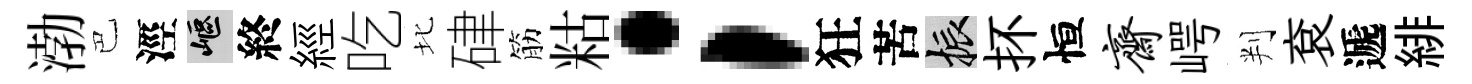
渤巴涇嶇終經吃北硉筋䊀；狂苦振抔恒斋崿判袞遞緋